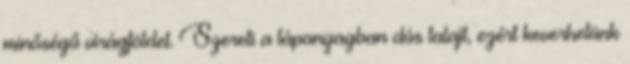
minőségű virágföldet. Szereti a tápanyagban dús talajt, ezért keverhetünk